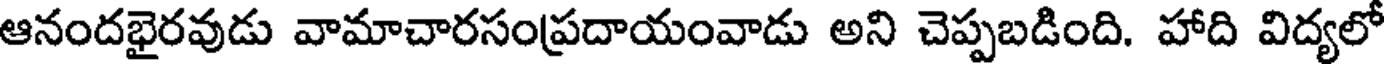
ఆనందభైరవుడు వామాచారసంప్రదాయంవాడు అని చెప్పబడింది. హాది విద్యలో